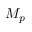
M _ { p }